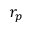
r _ { p }